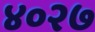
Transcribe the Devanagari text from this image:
४०२७